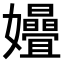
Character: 𫲞